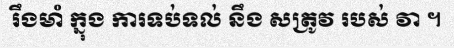
រឹងមាំ ក្នុង ការទប់ទល់ នឹង សត្រូវ របស់ វា ។